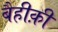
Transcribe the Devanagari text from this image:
बैहीक़ी